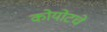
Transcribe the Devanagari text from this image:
कोयोटचे